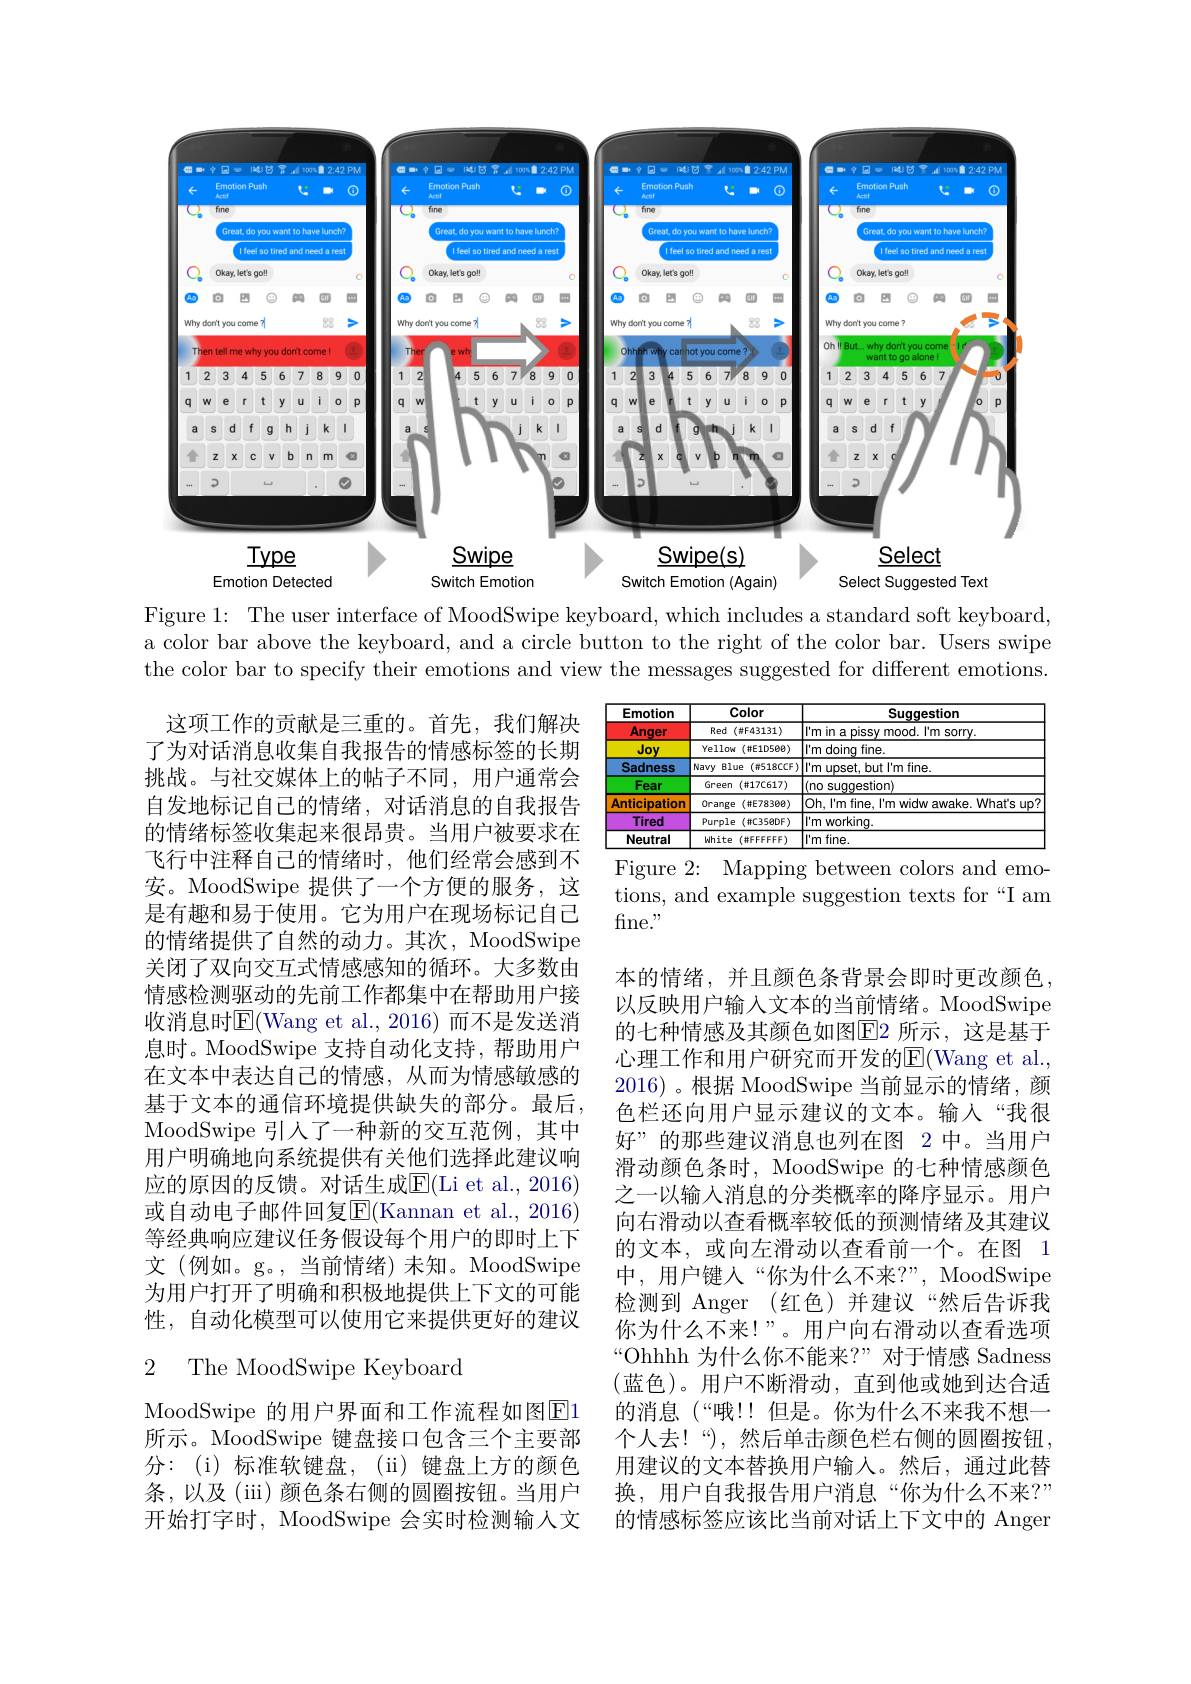
<FigureHere>

Figure 1: The user interface of MoodSwipe keyboard, which includes a standard soft keyboard, a color bar above the keyboard, and a circle button to the right of the color bar. Users swipe the color bar to specify their emotions and view the messages suggested for different emotions.

<table>
	<tbody>
		<tr>
			<th>Emotion</th>
			<th>Color</th>
			<th>Suqqestion</th>
		</tr>
		<tr>
			<td>Anger</td>
			<td>Red $(\#F43131)$</td>
			<td>|'m in a pissy mood. l'm sorry.</td>
		</tr>
		<tr>
			<td>Joy</td>
			<td>Yellow(#E10500)</td>
			<td>$l$'m doing fine.</td>
		</tr>
		<tr>
			<td>Sadness</td>
			<td>Navy Blue $(\#518CCF)$</td>
			<td>|'m upset, but l'm fine.</td>
		</tr>
		<tr>
			<td>Fear</td>
			<td>Green $(\#17C617)$</td>
			<td>l(no suggestion)</td>
		</tr>
		<tr>
			<td>Anticipation</td>
			<td>Orange $(\#E78300)$</td>
			<td>Oh, $I^{\prime }$m fine, $I^{\prime }$m widw awake. Wha$t^{\prime }$s up? </td>
		</tr>
		<tr>
			<td>Tired</td>
			<td>Purple $(\#C35eDF)$</td>
			<td>$l^{\prime}m$ working</td>
		</tr>
		<tr>
			<td>Neutral</td>
			<td>White $(\#FFFFFF)$</td>
			<td>$\boxed{\text{l'm fine.}}$</td>
		</tr>
	</tbody>
</table>
Figure 2: Mapping between colors and emo-

tions, and example suggestion texts for“I am
fine. "

这项工作的贡献是三重的。首先，我们解决了为对话消息收集自我报告的情感标签的长期挑战。与社交媒体上的帖子不同，用户通常会自发地标记自己的情绪，对话消息的自我报告的情绪标签收集起来很昂贵。当用户被要求在飞行中注释自己的情绪时，他们经常会感到不安。MoodSwipe 提供了一个方便的服务，这是有趣和易于使用。它为用户在现场标记自己的情绪提供了自然的动力。其次，MoodSwipe 关闭了双向交互式情感感知的循环。大多数由情感检测驱动的先前工作都集中在帮助用户接收消息时$\overline{\mathrm{E}}($Wang et al.,2016)而不是发送消息时。MoodSwipe 支持自动化支持，帮助用户在文本中表达自己的情感，从而为情感敏感的基于文本的通信环境提供缺失的部分。最后， MoodSwipe 引入了一种新的交互范例，其中用户明确地向系统提供有关他们选择此建议响应的原因的反馈。对话生成$\overline{\mathrm{E}}($Li et al., 2016) 或自动电子邮件回复$\overline{\mathrm{E}}($Kannan et al., 2016) 等经典响应建议任务假设每个用户的即时上下文(例如。g。,当前情绪)未知。MoodSwipe 为用户打开了明确和积极地提供上下文的可能性，自动化模型可以使用它来提供更好的建议

本的情绪，并且颜色条背景会即时更改颜色以反映用户输入文本的当前情绪。MoodSwipe 的七种情感及其颜色如图$\boxed{\mathrm{E}}2$ 所示，这是基于心理工作和用户研究而开发的E(Wang et al., 2016)。根据 MoodSwipe 当前显示的情绪，颜色栏还向用户显示建议的文本。输入“我很好”的那些建议消息也列在图 2 中。当用户滑动颜色条时，MoodSwipe 的七种情感颜色之一以输人消息的分类概率的降序显示。用户向右滑动以查看概率较低的预测情绪及其建议的文本，或向左滑动以查看前一个。在图 1中，用户键人“你为什么不来？”, MoodSwipe 检测到 Anger (红色)并建议“然后告诉我你为什么不来！”。用户向右滑动以查看选项“Ohhhh 为什么你不能来？”对于情感 Sadness (蓝色)。用户不断滑动，直到他或她到达合适的消息 (“哦！!但是。你为什么不来我不想一个人去！“),然后单击颜色栏右侧的圆圈按钮， 用建议的文本替换用户输入。然后，通过此替换，用户自我报告用户消息“你为什么不来？” 的情感标签应该比当前对话上下文中的 Anger

2 The MoodSwipe Keyboard

MoodSwipe 的用户界面和工作流程如图E1所示。MoodSwipe 键盘接口包含三个主要部分：(i)标准软键盘，(ii)键盘上方的颜色条，以及(iii) 颜色条右侧的圆圈按钮。当用户开始打字时，MoodSwipe 会实时检测输人文